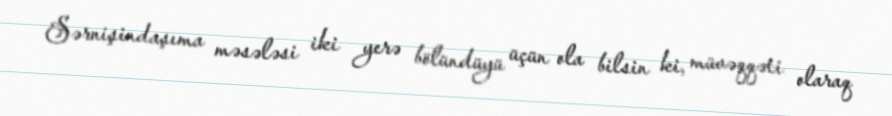
Sərnişindaşıma məsələsi iki yerə bölündüyü üçün ola bilsin ki, müvəqqəti olaraq